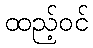
ထည့်ဝင်